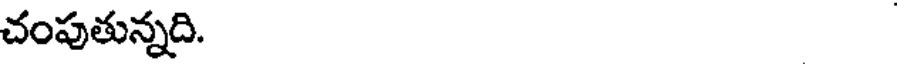
చంపుతున్నది.